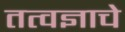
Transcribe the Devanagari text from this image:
तत्वज्ञाचे